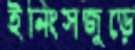
ইনিংসজুড়ে